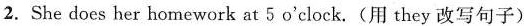
2. She does her homework at 5 o'clock.(用 they 改写句子)